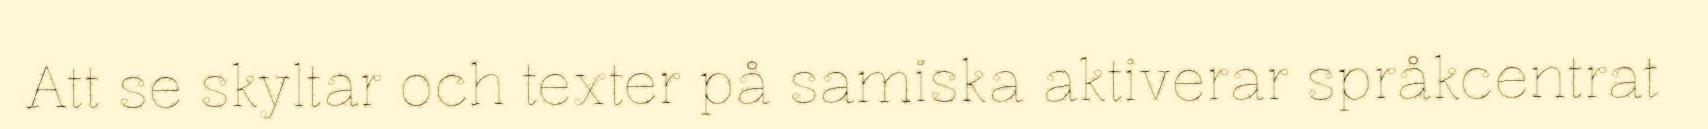
Att se skyltar och texter på samiska aktiverar språkcentrat